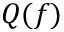
Q ( f )